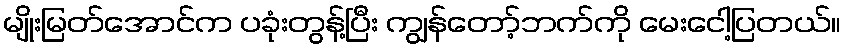
မျိုးမြတ်အောင်က ပခုံးတွန့်ပြီး ကျွန်တော့်ဘက်ကို မေးငေါ့ပြတယ်။